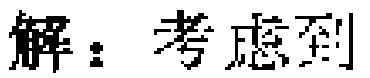
解：考虑到